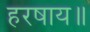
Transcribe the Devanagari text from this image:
हरषाय॥